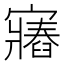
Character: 𫴛